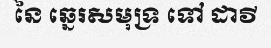
នៃ ឆ្នេរសមុទ្រ ទៅ ដាវី